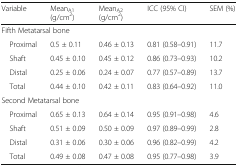
| Variable | MeanA1 (g/cm2) | MeanA2 (g/cm2) | ICC (95% CI) | SEM (%) |
 | --- | --- | --- | --- | --- |
 | <COLSPAN=5> Fifth Metatarsal bone |
 | Proximal | 0.5 ± 0.11 | 0.46 ± 0.13 | 0.81 (0.58–0.91) | 11.7 |
 | Shaft | 0.45 ± 0.10 | 0.45 ± 0.12 | 0.86 (0.73–0.93) | 10.2 |
 | Distal | 0.25 ± 0.06 | 0.24 ± 0.07 | 0.77 (0.57–0.89) | 13.7 |
 | Total | 0.44 ± 0.10 | 0.42 ± 0.11 | 0.83 (0.64–0.92) | 11.0 |
 | <COLSPAN=5> Second Metatarsal bone |
 | Proximal | 0.65 ± 0.13 | 0.64 ± 0.14 | 0.95 (0.91–0.98) | 4.6 |
 | Shaft | 0.51 ± 0.09 | 0.50 ± 0.09 | 0.97 (0.89–0.99) | 2.8 |
 | Distal | 0.31 ± 0.06 | 0.30 ± 0.06 | 0.96 (0.82–0.99) | 4.2 |
 | Total | 0.49 ± 0.08 | 0.47 ± 0.08 | 0.95 (0.77–0.98) | 3.9 |